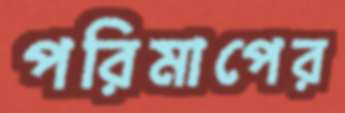
পরিমাপের